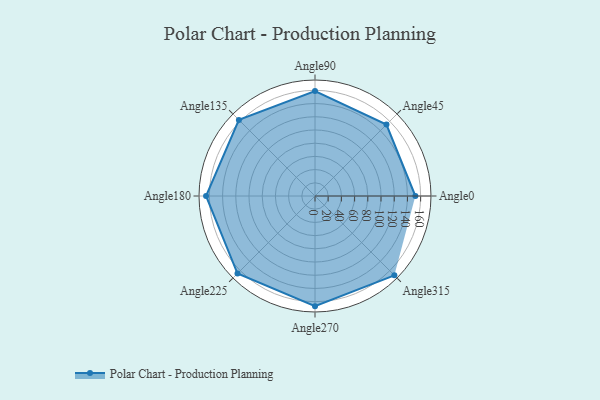
{"axis": {"x": "Angle", "y": "Radius"}, "legend": [""], "data": [{"x": "Angle0", "y": 152.0, "type": ""}, {"x": "Angle45", "y": 153.0, "type": ""}, {"x": "Angle90", "y": 159.0, "type": ""}, {"x": "Angle135", "y": 163.0, "type": ""}, {"x": "Angle180", "y": 165.0, "type": ""}, {"x": "Angle225", "y": 166.0, "type": ""}, {"x": "Angle270", "y": 167.0, "type": ""}, {"x": "Angle315", "y": 170, "type": ""}]}